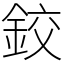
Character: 鉸